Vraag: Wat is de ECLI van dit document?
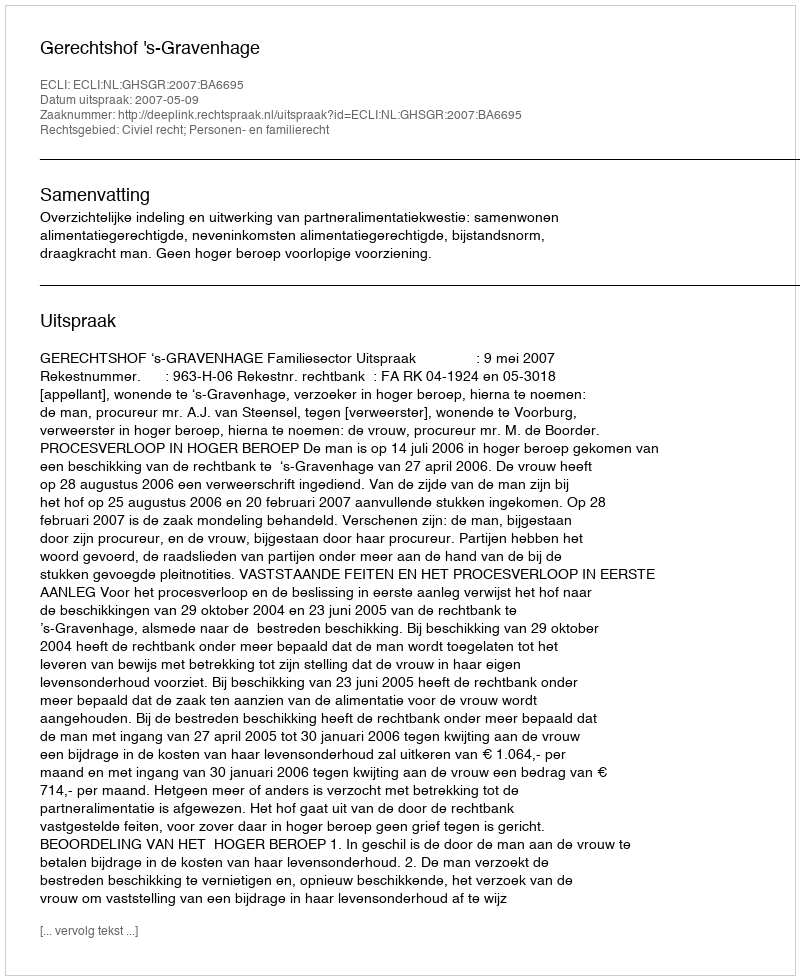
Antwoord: ECLI:NL:GHSGR:2007:BA6695